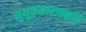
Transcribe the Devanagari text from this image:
मुथुकुमारास्वमि